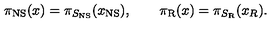
\pi _ { \mathrm { N S } } ( x ) = \pi _ { S _ { \mathrm { N S } } } ( x _ { \mathrm { N S } } ) , \qquad \pi _ { \mathrm { R } } ( x ) = \pi _ { S _ { \mathrm { R } } } ( x _ { R } ) .